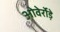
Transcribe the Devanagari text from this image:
ओवेर्रोड़े